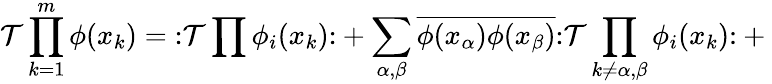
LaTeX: {\mathcal{T}}\prod_{k=1}^{m}\phi(x_{k})={\mathopen{:}}{\mathcal{T}}\prod\phi_{i}(x_{k}){\mathclose{:}}+\sum_{\alpha,\beta}{\overline{{\phi(x_{\alpha})\phi(x_{\beta})}}}{\mathopen{:}}{\mathcal{T}}\prod_{k\not=\alpha,\beta}\phi_{i}(x_{k}){\mathclose{:}}+{}